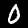
Digit: 0